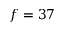
f = 3 7